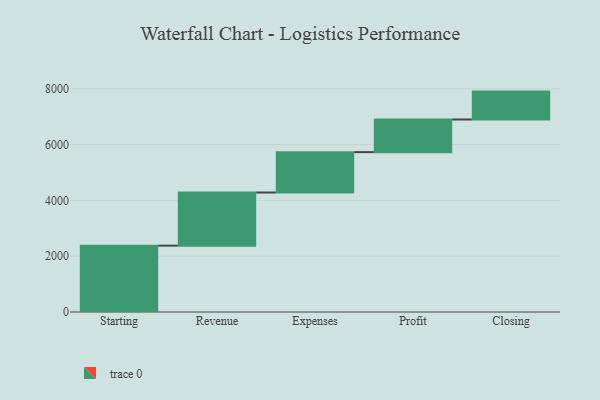
{"axis": {"x": "Step", "y": "Value"}, "legend": [""], "data": [{"x": "Starting", "y": 2379.0, "type": ""}, {"x": "Revenue", "y": 1905.0, "type": ""}, {"x": "Expenses", "y": 1447.0, "type": ""}, {"x": "Profit", "y": 1170.0, "type": ""}, {"x": "Closing", "y": 1000, "type": ""}]}